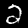
Digit: 2